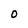
Character: O